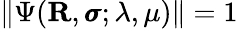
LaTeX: \left\| \Psi(\mathbf{R},\pmb{\sigma};\lambda,\mu)\right\| =1